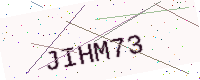
Text: JIHM73